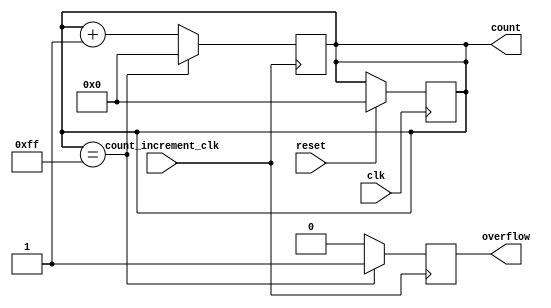
module counter #(
	parameter N = 8,
	parameter OVERFLOW_VALUE = 2**N-1
	)(
	input wire clk,
	input wire count_increment_clk,
	input wire reset,		// reset should be available for atleast 2 clock cycles
	output reg [N-1:0] count,
	output reg overflow
	);

	//signal declarations 

	initial begin
		count = 0;
		overflow = 0;
	end

	always @(posedge(clk)) begin
		if(reset) begin
			count = 0;
		end
	end
	
	always @(posedge(count_increment_clk)) begin
		if(count == OVERFLOW_VALUE) begin
			count = 0;
			overflow = 1;
		end
		else begin
			overflow = 0;
			count = count + 1;
		end
		
	end

endmodule